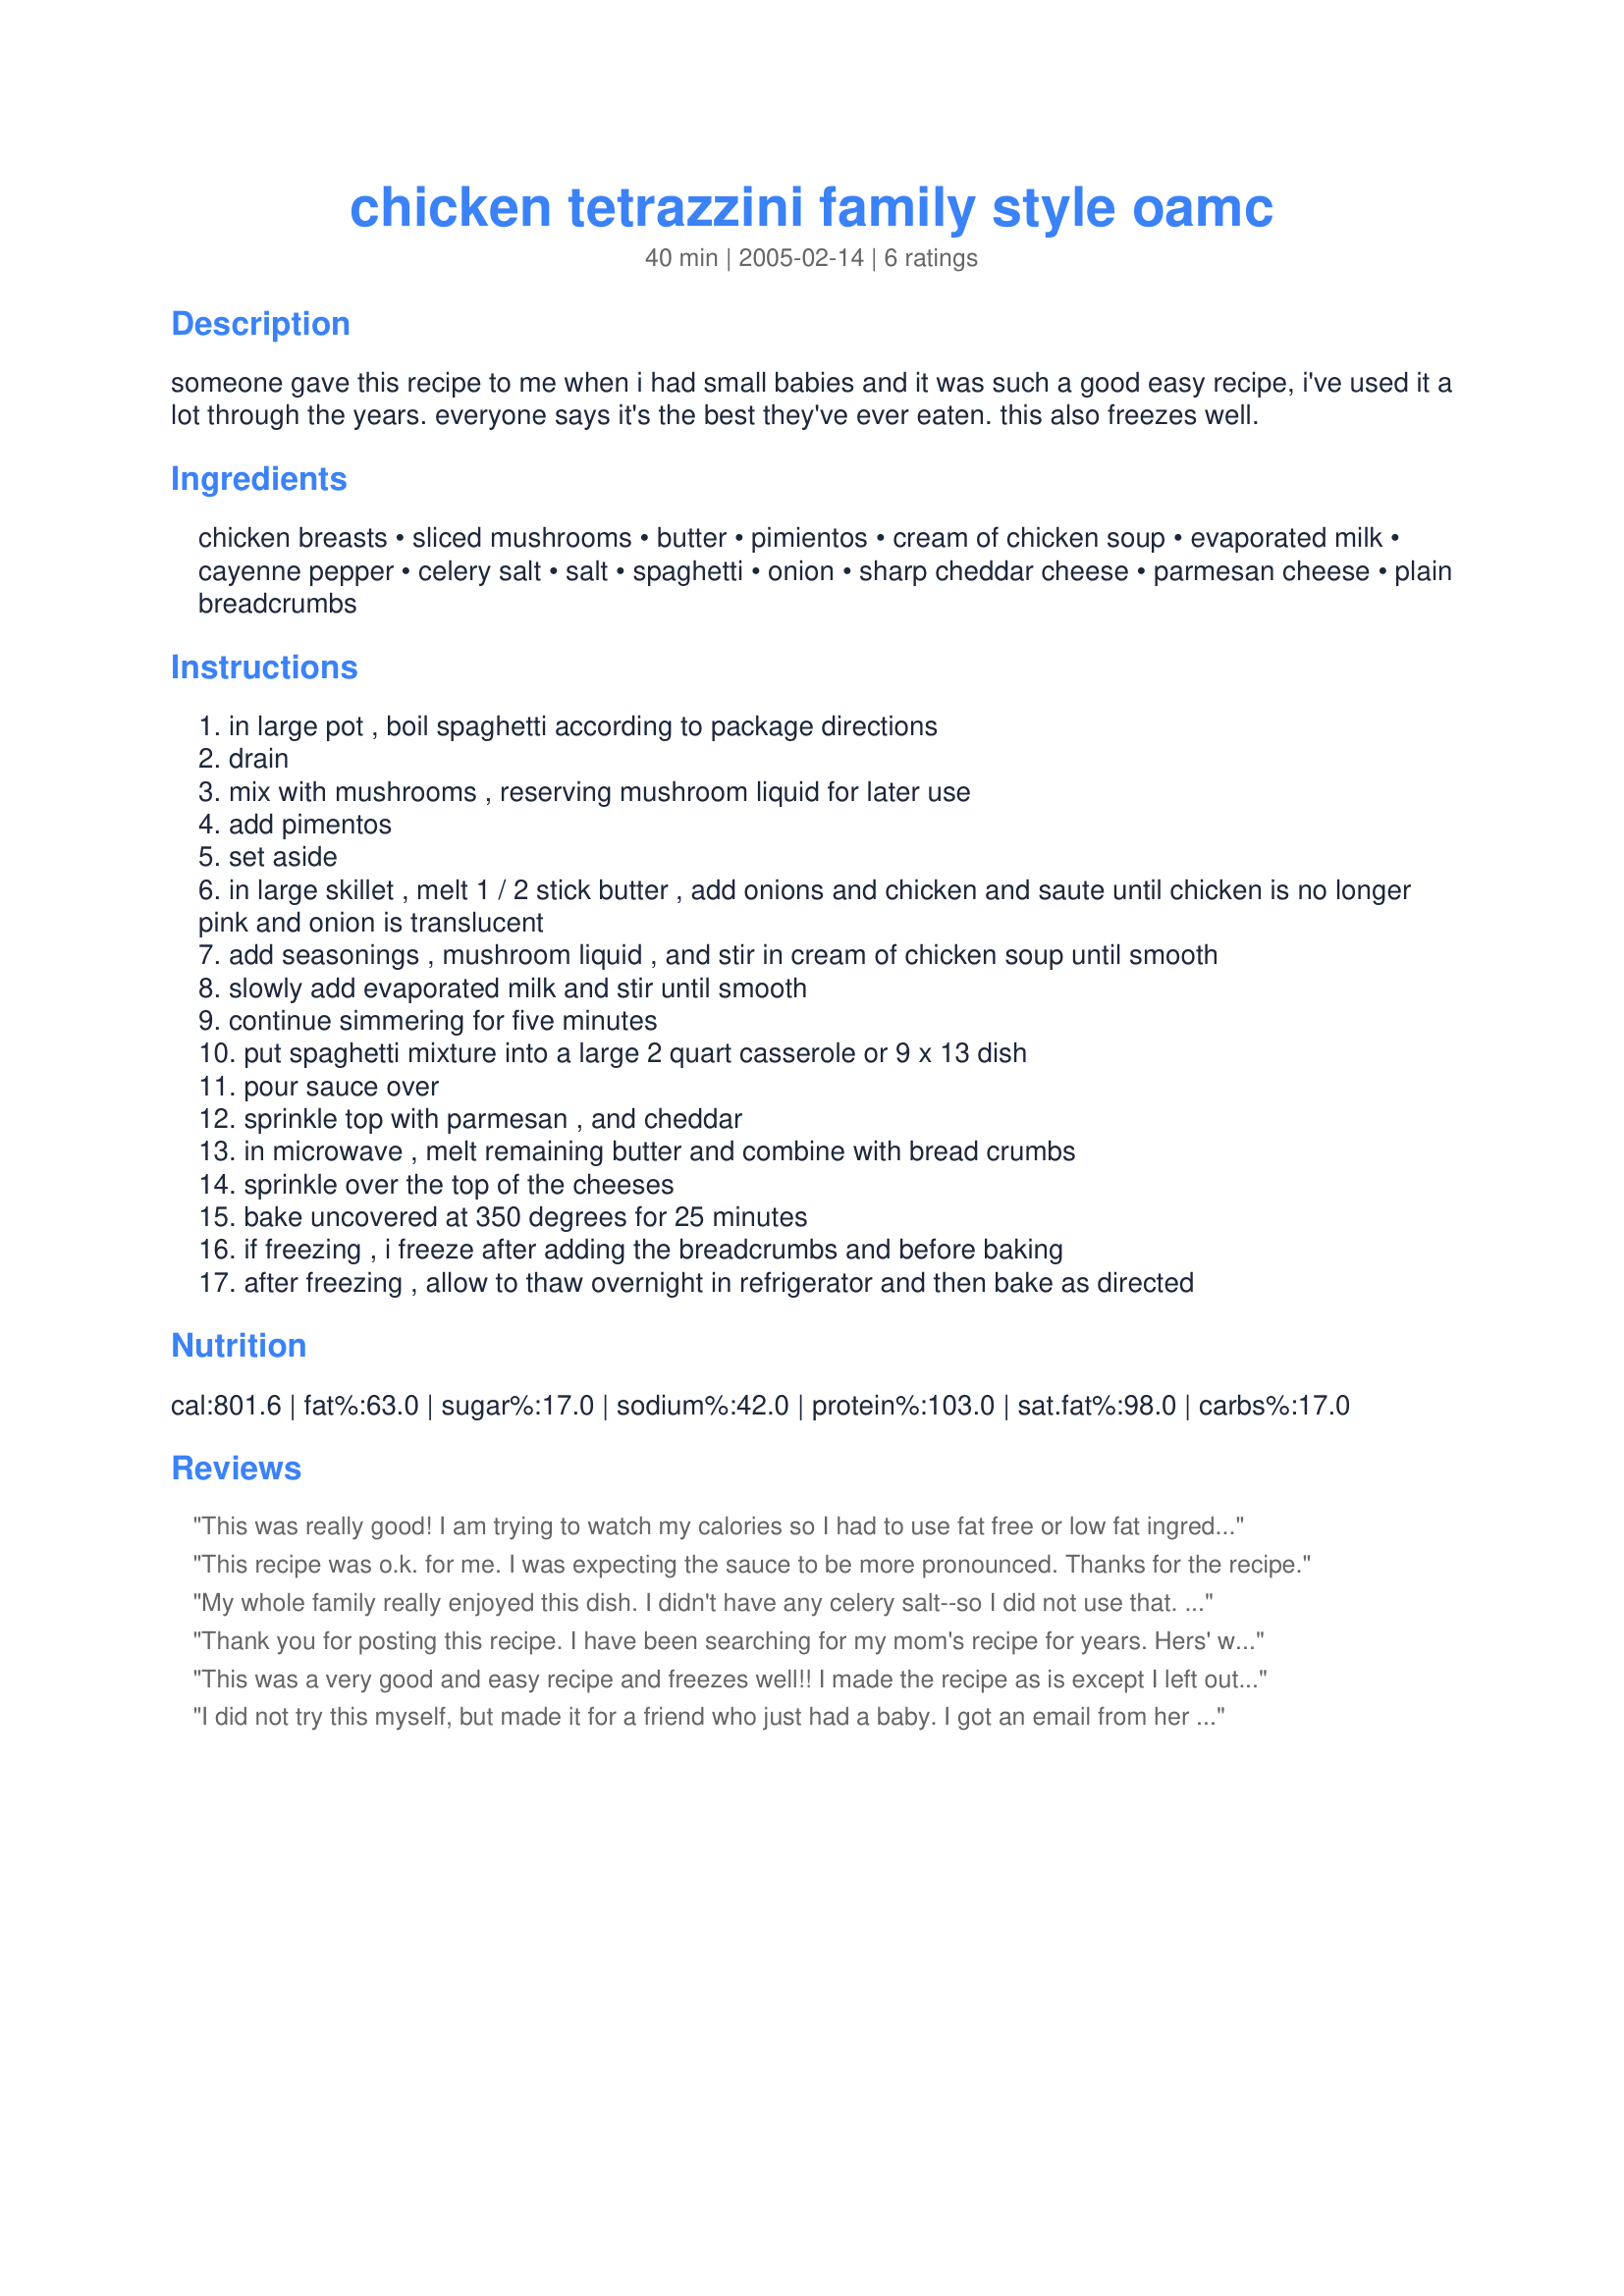
chicken tetrazzini family style oamc
Preparation time: 40 minutes

someone gave this recipe to me when i had small babies and it was such a good easy recipe, i've used it a lot through the years. everyone says it's the best they've ever eaten. this also freezes well.

Ingredients:
chicken breasts, sliced mushrooms, butter, pimientos, cream of chicken soup, evaporated milk, cayenne pepper, celery salt, salt, spaghetti, onion, sharp cheddar cheese, parmesan cheese, plain breadcrumbs

Steps:
in large pot , boil spaghetti according to package directions
drain
mix with mushrooms , reserving mushroom liquid for later use
add pimentos
set aside
in large skillet , melt 1 / 2 stick butter , add onions and chicken and saute until chicken is no longer pink and onion is translucent
add seasonings , mushroom liquid , and stir in cream of chicken soup until smooth
slowly add evaporated milk and stir until smooth
continue simmering for five minutes
put spaghetti mixture into a large 2 quart casserole or 9 x 13 dish
pour sauce over
sprinkle top with parmesan , and cheddar
in microwave , melt remaining butter and combine with bread crumbs
sprinkle over the top of the cheeses
bake uncovered at 350 degrees for 25 minutes
if freezing , i freeze after adding the breadcrumbs and before baking
after freezing , allow to thaw overnight in refrigerator and then bake as directed

Reviews:
This was really good! I am trying to watch my calories so I had to use fat free or low fat ingredients for almost everything, but I bet it is even better with regular ingredients. ;)
This recipe was o.k. for me. I was expecting the sauce to be more pronounced. Thanks for the recipe.
My whole family really enjoyed this dish. I didn't have any celery salt--so I did not use that. I used 3 boneless, skinless chicken breasts and it was plenty for us. I also added an extra dash or two of the cayenne pepper, which made it pretty spicy. I did not add the bread crumb and butter topping. Thanks for such a great recipe!
Thank you for posting this recipe. I have been searching for my mom's recipe for years. Hers' was exactly the same, except it was called turkey tetrazzini. We always used chicken, instead of the turkey. The only difference she made, was cream of celery soup. Personally I remember making it with cream of chicken soup and liking it better. To any other viewer, don't leave the pimentos out, they really help make it a good recipe.
This was a very good and easy recipe and freezes well!! I made the recipe as is except I left out the pimentos. I did not like the bread crumbs on top...they tasted funny to me but that could have been the brand I was using. Will def make again!
I did not try this myself, but made it for a friend who just had a baby. I got an email from her today "OH MY GOSH THIS IS FANTASTIC!!! I have to have the recipe!" I think that pretty much speaks for itself.
